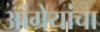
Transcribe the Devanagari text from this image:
आंग्रेयांचा